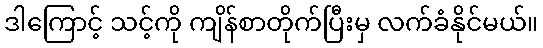
ဒါကြောင့် သင့်ကို ကျိန်စာတိုက်ပြီးမှ လက်ခံနိုင်မယ်။